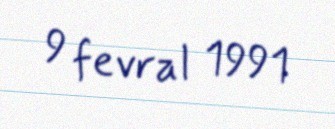
9 fevral 1991